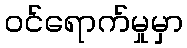
ဝင်ရောက်မှုမှာ